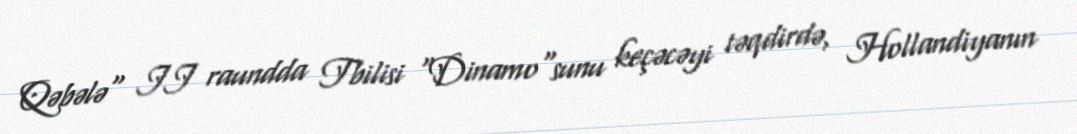
Qəbələ" II raundda Tbilisi "Dinamo"sunu keçəcəyi təqdirdə, Hollandiyanın